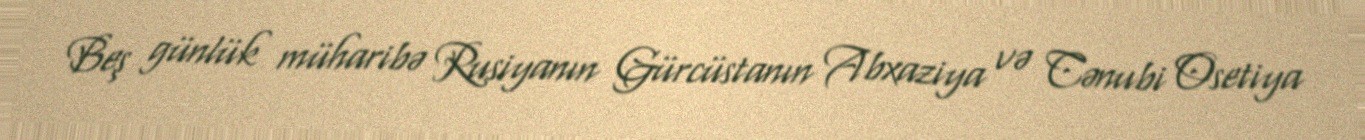
Beş günlük müharibə Rusiyanın Gürcüstanın Abxaziya və Cənubi Osetiya